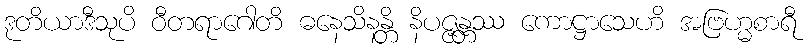
ဒုတိယာဒီသုပိ ဝီတရာဂေါတိ ဓနေသိနန္တိ နိပဇ္ဇန္တဿ ကောဋ္ဌာသေဟိ အဗြဟ္မစာရီ